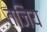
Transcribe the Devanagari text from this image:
तजिय